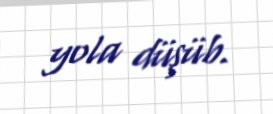
yola düşüb.